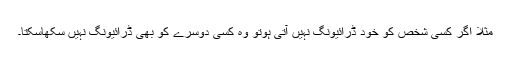
مثلًا اگر کسی شخص کو خود ڈرائیونگ نہیں آتی ہوتو وہ کسی دوسرے کو بھی ڈرائیونگ نہیں سکھاسکتا۔